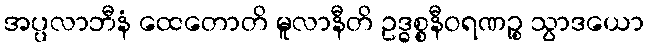
အပ္ပလာဘီနံ ထေတောတိ မူလာနီတိ ဥဒ္ဓစ္စနီဝရဏဉ္စ သွာဒယော